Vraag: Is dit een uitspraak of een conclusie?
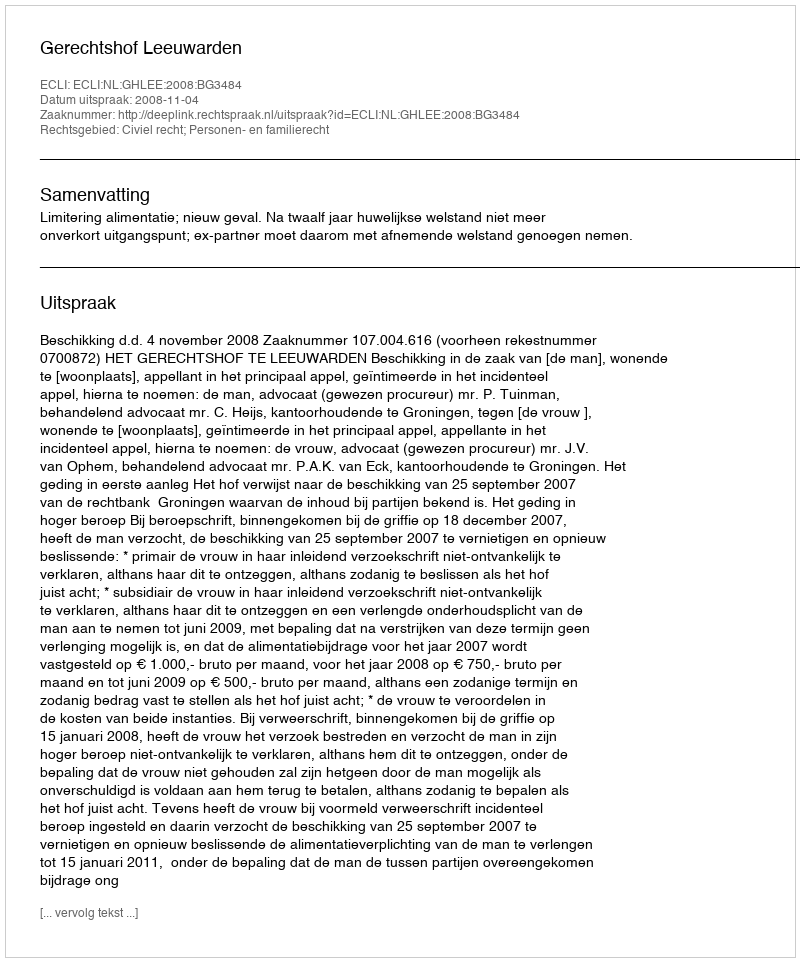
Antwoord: Uitspraak